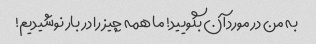
به من در مورد آن بگویید! ما همه چیز را در بار نوشیدیم!